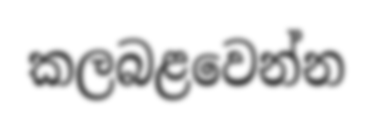
කලබළවෙන්න